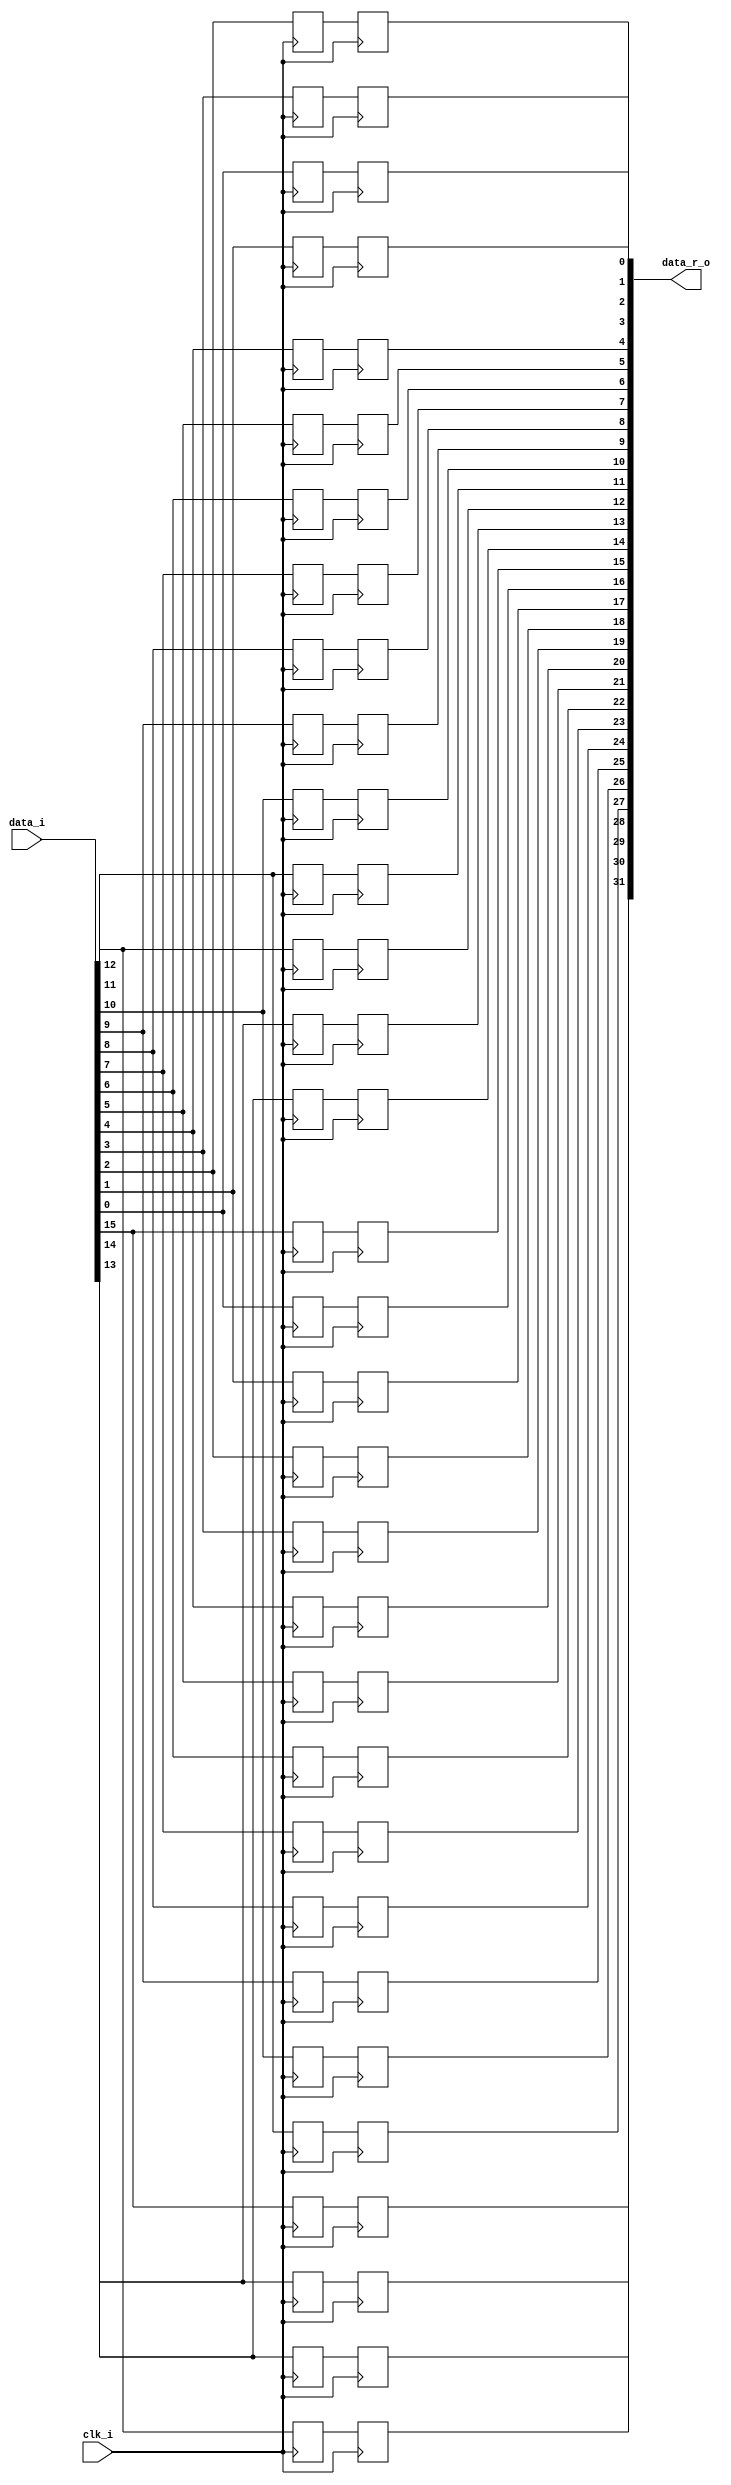
// This program was cloned from: https://github.com/chipsalliance/UHDM-integration-tests
// License: Apache License 2.0

/* Generated by Yosys 0.27+9 (git sha1 101d19bb6, gcc 11.2.0-7ubuntu2 -fPIC -Os) */

(* top =  1  *)

module bsg_link_iddr_phy(clk_i, data_i, data_r_o);
  
  input clk_i;
  wire clk_i;
  
  input [15:0] data_i;
  wire [15:0] data_i;
  
  reg [15:0] data_n_r;
  
  reg [15:0] data_p_r;
  
  output [31:0] data_r_o;
  wire [31:0] data_r_o;
  
  reg [31:0] data_rr;
  (* \always_ff  = 32'd1 *)
  
  always @(posedge clk_i)
    data_rr[16] <= data_n_r[0];
  (* \always_ff  = 32'd1 *)
  
  always @(posedge clk_i)
    data_rr[17] <= data_n_r[1];
  (* \always_ff  = 32'd1 *)
  
  always @(posedge clk_i)
    data_rr[18] <= data_n_r[2];
  (* \always_ff  = 32'd1 *)
  
  always @(posedge clk_i)
    data_rr[19] <= data_n_r[3];
  (* \always_ff  = 32'd1 *)
  
  always @(posedge clk_i)
    data_rr[20] <= data_n_r[4];
  (* \always_ff  = 32'd1 *)
  
  always @(posedge clk_i)
    data_rr[21] <= data_n_r[5];
  (* \always_ff  = 32'd1 *)
  
  always @(posedge clk_i)
    data_rr[22] <= data_n_r[6];
  (* \always_ff  = 32'd1 *)
  
  always @(posedge clk_i)
    data_rr[23] <= data_n_r[7];
  (* \always_ff  = 32'd1 *)
  
  always @(posedge clk_i)
    data_rr[24] <= data_n_r[8];
  (* \always_ff  = 32'd1 *)
  
  always @(posedge clk_i)
    data_rr[25] <= data_n_r[9];
  (* \always_ff  = 32'd1 *)
  
  always @(posedge clk_i)
    data_rr[26] <= data_n_r[10];
  (* \always_ff  = 32'd1 *)
  
  always @(posedge clk_i)
    data_rr[27] <= data_n_r[11];
  (* \always_ff  = 32'd1 *)
  
  always @(posedge clk_i)
    data_rr[28] <= data_n_r[12];
  (* \always_ff  = 32'd1 *)
  
  always @(posedge clk_i)
    data_rr[29] <= data_n_r[13];
  (* \always_ff  = 32'd1 *)
  
  always @(posedge clk_i)
    data_rr[30] <= data_n_r[14];
  (* \always_ff  = 32'd1 *)
  
  always @(posedge clk_i)
    data_rr[31] <= data_n_r[15];
  (* \always_ff  = 32'd1 *)
  
  always @(negedge clk_i)
    data_n_r[0] <= data_i[0];
  (* \always_ff  = 32'd1 *)
  
  always @(negedge clk_i)
    data_n_r[1] <= data_i[1];
  (* \always_ff  = 32'd1 *)
  
  always @(negedge clk_i)
    data_n_r[2] <= data_i[2];
  (* \always_ff  = 32'd1 *)
  
  always @(negedge clk_i)
    data_n_r[3] <= data_i[3];
  (* \always_ff  = 32'd1 *)
  
  always @(negedge clk_i)
    data_n_r[4] <= data_i[4];
  (* \always_ff  = 32'd1 *)
  
  always @(negedge clk_i)
    data_n_r[5] <= data_i[5];
  (* \always_ff  = 32'd1 *)
  
  always @(negedge clk_i)
    data_n_r[6] <= data_i[6];
  (* \always_ff  = 32'd1 *)
  
  always @(negedge clk_i)
    data_n_r[7] <= data_i[7];
  (* \always_ff  = 32'd1 *)
  
  always @(negedge clk_i)
    data_n_r[8] <= data_i[8];
  (* \always_ff  = 32'd1 *)
  
  always @(negedge clk_i)
    data_n_r[9] <= data_i[9];
  (* \always_ff  = 32'd1 *)
  
  always @(negedge clk_i)
    data_n_r[10] <= data_i[10];
  (* \always_ff  = 32'd1 *)
  
  always @(negedge clk_i)
    data_n_r[11] <= data_i[11];
  (* \always_ff  = 32'd1 *)
  
  always @(negedge clk_i)
    data_n_r[12] <= data_i[12];
  (* \always_ff  = 32'd1 *)
  
  always @(negedge clk_i)
    data_n_r[13] <= data_i[13];
  (* \always_ff  = 32'd1 *)
  
  always @(negedge clk_i)
    data_n_r[14] <= data_i[14];
  (* \always_ff  = 32'd1 *)
  
  always @(negedge clk_i)
    data_n_r[15] <= data_i[15];
  (* \always_ff  = 32'd1 *)
  
  always @(posedge clk_i)
    data_p_r[0] <= data_i[0];
  (* \always_ff  = 32'd1 *)
  
  always @(posedge clk_i)
    data_p_r[1] <= data_i[1];
  (* \always_ff  = 32'd1 *)
  
  always @(posedge clk_i)
    data_p_r[2] <= data_i[2];
  (* \always_ff  = 32'd1 *)
  
  always @(posedge clk_i)
    data_p_r[3] <= data_i[3];
  (* \always_ff  = 32'd1 *)
  
  always @(posedge clk_i)
    data_p_r[4] <= data_i[4];
  (* \always_ff  = 32'd1 *)
  
  always @(posedge clk_i)
    data_p_r[5] <= data_i[5];
  (* \always_ff  = 32'd1 *)
  
  always @(posedge clk_i)
    data_p_r[6] <= data_i[6];
  (* \always_ff  = 32'd1 *)
  
  always @(posedge clk_i)
    data_p_r[7] <= data_i[7];
  (* \always_ff  = 32'd1 *)
  
  always @(posedge clk_i)
    data_p_r[8] <= data_i[8];
  (* \always_ff  = 32'd1 *)
  
  always @(posedge clk_i)
    data_p_r[9] <= data_i[9];
  (* \always_ff  = 32'd1 *)
  
  always @(posedge clk_i)
    data_p_r[10] <= data_i[10];
  (* \always_ff  = 32'd1 *)
  
  always @(posedge clk_i)
    data_p_r[11] <= data_i[11];
  (* \always_ff  = 32'd1 *)
  
  always @(posedge clk_i)
    data_p_r[12] <= data_i[12];
  (* \always_ff  = 32'd1 *)
  
  always @(posedge clk_i)
    data_p_r[13] <= data_i[13];
  (* \always_ff  = 32'd1 *)
  
  always @(posedge clk_i)
    data_p_r[14] <= data_i[14];
  (* \always_ff  = 32'd1 *)
  
  always @(posedge clk_i)
    data_p_r[15] <= data_i[15];
  (* \always_ff  = 32'd1 *)
  
  always @(posedge clk_i)
    data_rr[0] <= data_p_r[0];
  (* \always_ff  = 32'd1 *)
  
  always @(posedge clk_i)
    data_rr[1] <= data_p_r[1];
  (* \always_ff  = 32'd1 *)
  
  always @(posedge clk_i)
    data_rr[2] <= data_p_r[2];
  (* \always_ff  = 32'd1 *)
  
  always @(posedge clk_i)
    data_rr[3] <= data_p_r[3];
  (* \always_ff  = 32'd1 *)
  
  always @(posedge clk_i)
    data_rr[4] <= data_p_r[4];
  (* \always_ff  = 32'd1 *)
  
  always @(posedge clk_i)
    data_rr[5] <= data_p_r[5];
  (* \always_ff  = 32'd1 *)
  
  always @(posedge clk_i)
    data_rr[6] <= data_p_r[6];
  (* \always_ff  = 32'd1 *)
  
  always @(posedge clk_i)
    data_rr[7] <= data_p_r[7];
  (* \always_ff  = 32'd1 *)
  
  always @(posedge clk_i)
    data_rr[8] <= data_p_r[8];
  (* \always_ff  = 32'd1 *)
  
  always @(posedge clk_i)
    data_rr[9] <= data_p_r[9];
  (* \always_ff  = 32'd1 *)
  
  always @(posedge clk_i)
    data_rr[10] <= data_p_r[10];
  (* \always_ff  = 32'd1 *)
  
  always @(posedge clk_i)
    data_rr[11] <= data_p_r[11];
  (* \always_ff  = 32'd1 *)
  
  always @(posedge clk_i)
    data_rr[12] <= data_p_r[12];
  (* \always_ff  = 32'd1 *)
  
  always @(posedge clk_i)
    data_rr[13] <= data_p_r[13];
  (* \always_ff  = 32'd1 *)
  
  always @(posedge clk_i)
    data_rr[14] <= data_p_r[14];
  (* \always_ff  = 32'd1 *)
  
  always @(posedge clk_i)
    data_rr[15] <= data_p_r[15];
  assign data_r_o = data_rr;
endmodule